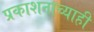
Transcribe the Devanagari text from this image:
प्रकाशनाच्याही